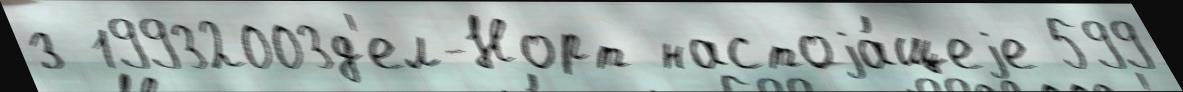
з 19932003д'ел-Норт настоjа́щеjе 599